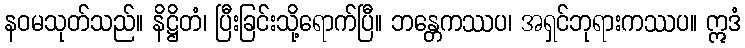
နဝမသုတ်သည်။ နိဋ္ဌိတံ၊ ပြီးခြင်းသို့ရောက်ပြီ။ ဘန္တေကဿပ၊ အရှင်ဘုရားကဿပ။ ဣဒံ